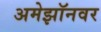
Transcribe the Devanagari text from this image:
अमेझॉनवर